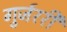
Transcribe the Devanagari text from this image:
गुर्जररी